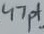
Text: 47pf